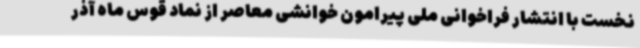
نخست با انتشار فراخوانی ملی پیرامون خوانشی معاصر از نماد قوس ماه آذر